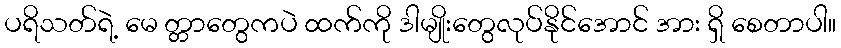
ပရိသတ်ရဲ့ မေ တ္တာတွေကပဲ ထက်ကို ဒါမျိုးတွေလုပ်နိုင်အောင် အား ရှိ စေတာပါ။